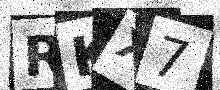
Text: RKX7